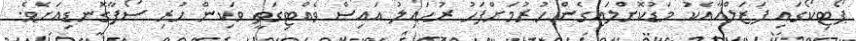
ޕޯޓިކޯގައި ފަޒަލްއާއެކު މަޑުކޮށްލައިގެން ހުރުމަށްފަހު ރުހައިލު އައިސް ވެއްޓިގަތީ ވަކިން ހުރި ސޯފާގޮނޑިއަށެވެ.